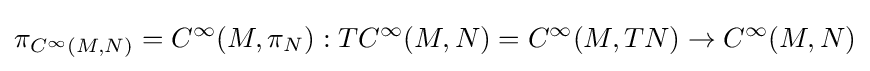
\pi _{C^{\infty }(M,N)}=C^{\infty }(M,\pi _{N}):TC^{\infty }(M,N)=C^{\infty }(M,TN)\to C^{\infty }(M,N)